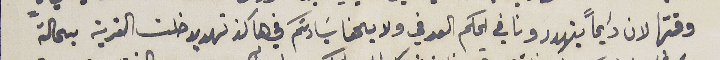
وقتها لان دايماً يتهددونا في الحكم العرفي ولا يحفا سَيادتكم في هاكذ تهديدات خلت القرية بحالةً